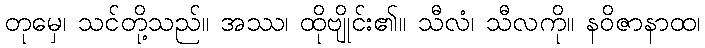
တုမှေ၊ သင်တို့သည်။ အဿ၊ ထိုဗျိုင်း၏။ သီလံ၊ သီလကို။ နဝိဇာနာထ၊